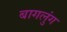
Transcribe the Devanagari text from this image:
बागलुंग